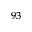
^ { 9 3 }